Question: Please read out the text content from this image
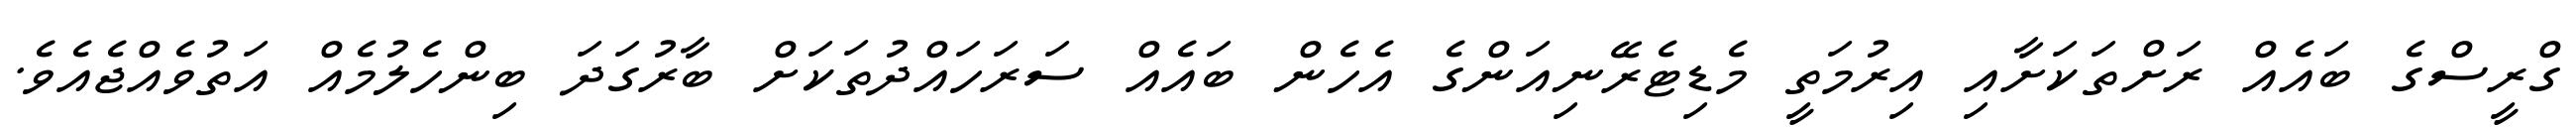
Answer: ގްރީސްގެ ބައެއް ރަށްތަކަށާއި އިރުމަތީ މެޑިޓެރޭނިއަންގެ އެހެން ބައެއް ސަރަހައްދުތަކަށް ބާރުގަދަ ބިންހެލުމެއް އަތުވެއްޖެއެވެ.